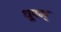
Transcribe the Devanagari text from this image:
धूपम्‌